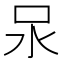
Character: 𭯶